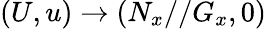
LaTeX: (U,u)\to(N_{x}//G_{x},0)